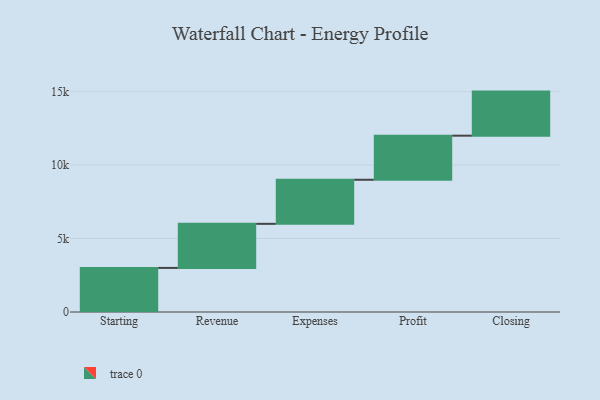
{"axis": {"x": "Step", "y": "Value"}, "legend": [""], "data": [{"x": "Starting", "y": 3000, "type": ""}, {"x": "Revenue", "y": 3000, "type": ""}, {"x": "Expenses", "y": 3000, "type": ""}, {"x": "Profit", "y": 3000, "type": ""}, {"x": "Closing", "y": 3000, "type": ""}]}